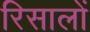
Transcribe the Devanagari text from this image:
रिसालों